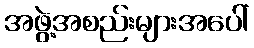
အဖွဲ့အစည်းများအပေါ်